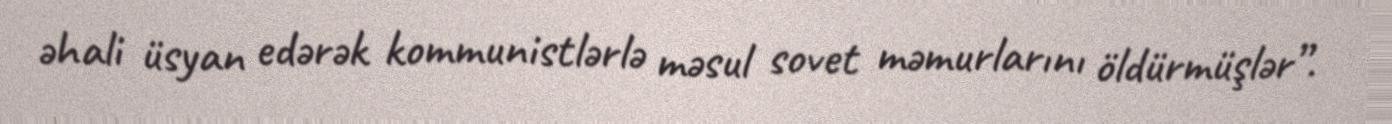
əhali üsyan edərək kommunistlərlə məsul sovet məmurlarını öldürmüşlər”.